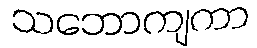
သဘောကျကာ